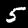
Label: 5